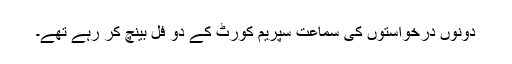
دونوں درخواستوں کی سماعت سپریم کورٹ کے دو فل بینچ کر رہے تھے۔